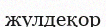
жулдеқор